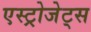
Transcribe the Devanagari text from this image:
एस्‍ट्रोजेट्स